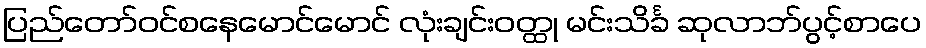
ပြည်တော်ဝင်စနေမောင်မောင် လုံးချင်းဝတ္ထု မင်းသိင်္ခ ဆုလာဘ်ပွင့်စာပေ